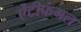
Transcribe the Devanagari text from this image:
ऐंटीफंगल